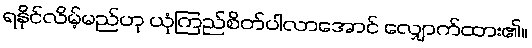
ရနိုင်လိမ့်မည်ဟု ယုံကြည်စိတ်ပါလာအောင် လျှောက်ထား၏။